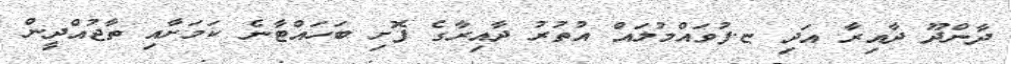
ދާންދޫ ދާއިރާ އަދި ޏ.ފުވައްމުލައް އުތުރު ދާއިރާގެ ފޮށި ބަހައްޓާނެ ކަމަށާއި ތާޖުއްދީން